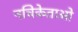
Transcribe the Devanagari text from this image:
नचिकेताओ